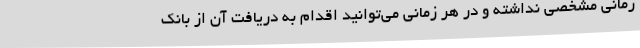
زمانی مشخصی نداشته و در هر زمانی می‌توانید اقدام به دریافت آن از بانک